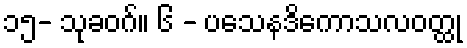
၁၅- သုခဝဂ်။ ၆ - ပသေနဒိကောသလဝတ္ထု